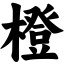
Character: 橙